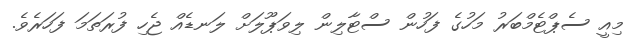
މިއީ ސެޕްޓެމްބަރު މަހުގެ ފަހުން ސްޓާލިން ލިވަޕޫލަށް ލަނޑެއް ޖެހި ފުރަތަމަ ފަހަރެވެ.